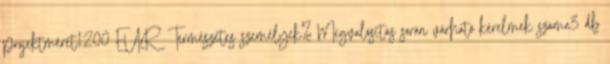
projektméret1200 EUR ▪Természetes személyek%▪Megvalósítás során várható kérelmek száma3 db